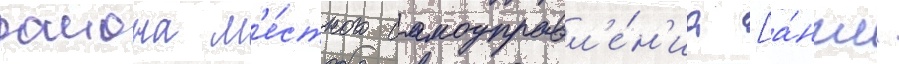
раиона м'е́стного самоуправл'е́н'иа [а́нгл.